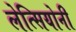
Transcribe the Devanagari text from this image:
लेत्सियोनी